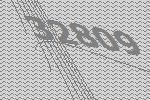
32809